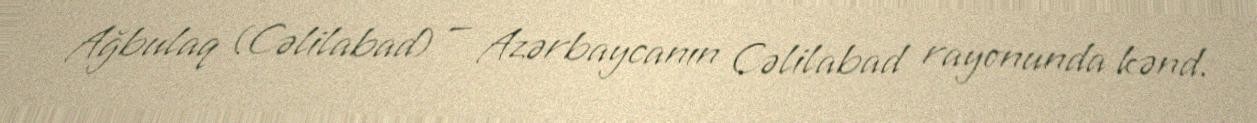
Ağbulaq (Cəlilabad) — Azərbaycanın Cəlilabad rayonunda kənd.